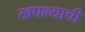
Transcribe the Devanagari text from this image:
खपल्याची